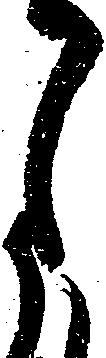
月